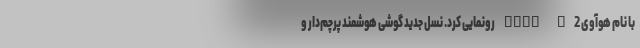
با نام هوآوی Mate X2 رونمایی کرد. نسل جدید گوشی هوشمند پرچم‌دار و